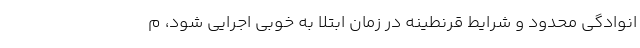
انوادگی محدود و شرایط قرنطینه در زمان ابتلا به خوبی اجرایی شود، م